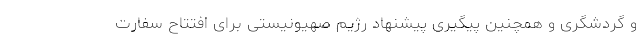
و گردشگری و همچنین پیگیری پیشنهاد رژیم صهیونیستی برای افتتاح سفارت